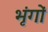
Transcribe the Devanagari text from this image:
भृंगों